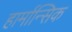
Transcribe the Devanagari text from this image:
हार्मान्सिक